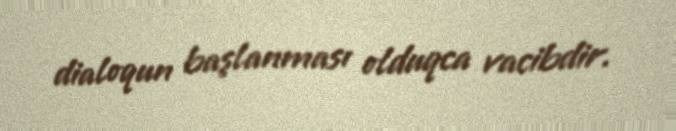
dialoqun başlanması olduqca vacibdir.